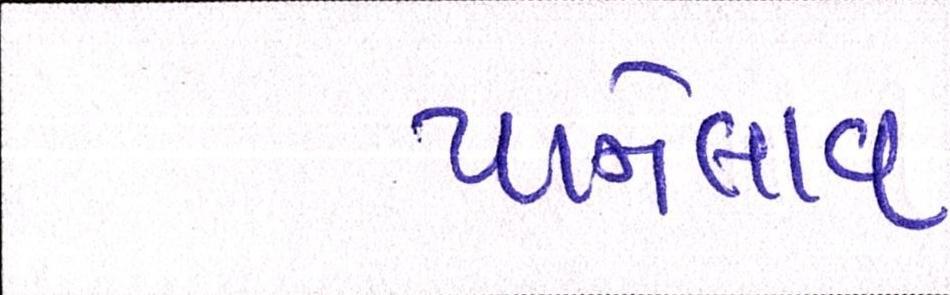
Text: પાનેલાવ